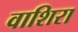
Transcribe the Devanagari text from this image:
वाशिरा